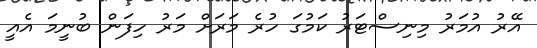
އޭރު އުމަރު މިނިސްޓަރު ކަމުގަ ހުރެ މަރަަށް މަރު ހިފަން ބުނީމަ އެއީ